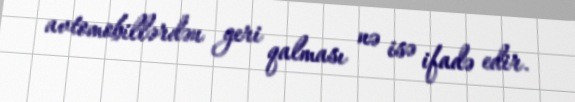
avtomobillərdən geri qalması nə isə ifadə edir.